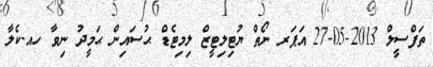
ތަފްސީލް 2013-05-27 އަޕަރ ނޯތް ޔުޓިލިޓީޒް ލިމިޓެޑް ޙުސައިން ޙަމީދު ނިވާ ހއ.ކެލާ